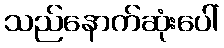
သည်နောက်ဆုံးပေါ်